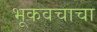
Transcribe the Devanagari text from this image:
भूकवचाचा